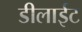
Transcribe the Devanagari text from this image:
डीलाईट